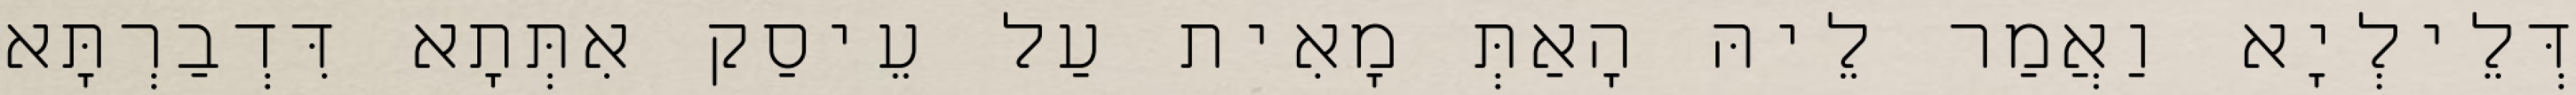
דְּלֵילְיָא וַאֲמַר לֵיהּ הָאַתְּ מָאִית עַל עֵיסַק אִתְּתָא דִּדְבַרְתָּא